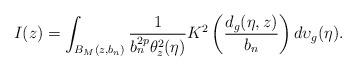
LaTeX: \begin{align*}I(z)=\int_{B_M(z,b_n)}\frac{1}{b_n^{2p}\theta^2_z(\eta)}K^2\left(\frac{d_g(\eta,z)}{b_n}\right)d\upsilon_g(\eta).\end{align*}